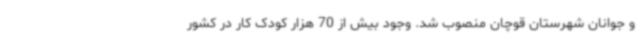
و جوانان شهرستان قوچان منصوب شد. وجود بیش از 70 هزار کودک کار در کشور